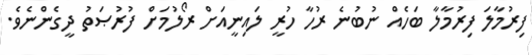
ފިރުމާލަ ފިރުމާލާ ބަހެއް ނުބުނެ ރުހާ ހުރީ ލައިނީއަށް ރޯލުމަށް ފުރުޞަތު ދީގެންނެވެ.